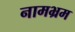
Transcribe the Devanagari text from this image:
नामभ्रम